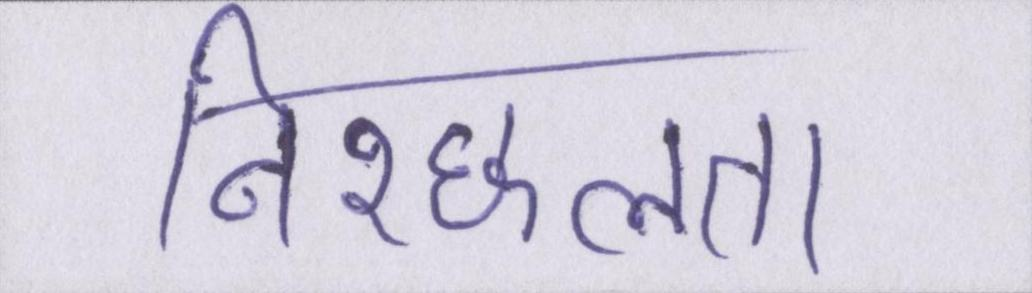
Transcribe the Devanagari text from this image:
निश्छलता